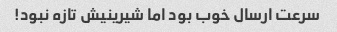
سرعت ارسال خوب بود اما شیرینیش تازه نبود!